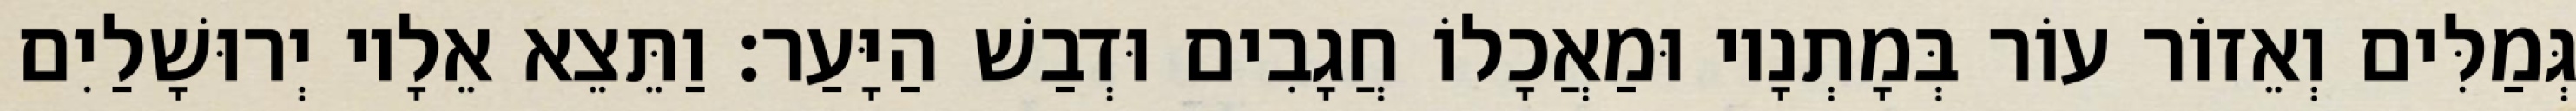
גְּמַלִּים וְאֵזוֹר עוֹר בְּמָתְנָיו וּמַאֲכָלוֹ חֲגָבִים וּדְבַשׁ הַיָּעַר׃ וַתֵּצֵא אֵלָיו יְרוּשָׁלַיִם